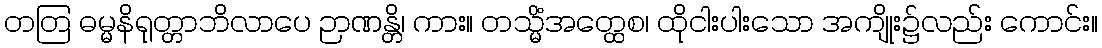
တတြ ဓမ္မနိရုတ္တာဘိလာပေ ဉာဏန္တိ၊ ကား။ တသ္မိံအတ္ထေစ၊ ထိုငါးပါးသော အကျိုး၌လည်း ကောင်း။